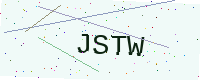
Text: JSTW